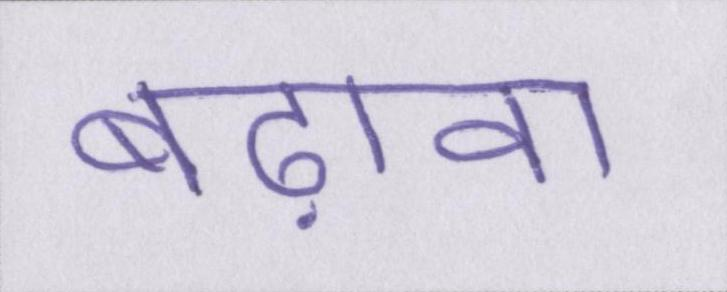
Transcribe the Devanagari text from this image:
बढ़ावा